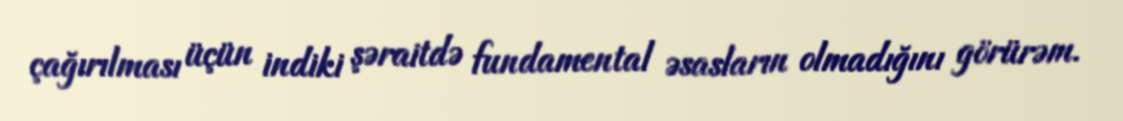
çağırılması üçün indiki şəraitdə fundamental əsasların olmadığını görürəm.